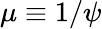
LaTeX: \mu\equiv 1/\psi